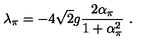
\lambda _ { \pi } = - 4 \sqrt { 2 } g \frac { 2 \alpha _ { \pi } } { 1 + \alpha _ { \pi } ^ { 2 } } \ .